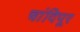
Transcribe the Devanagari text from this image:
चांदिपूर